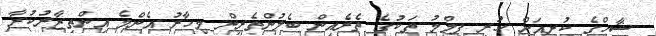
ޝާހްގެ ކުރިއަށް ހުރި ފިލްމު ތަކުގެ ތެރެއިން ބެލުންތެރިން މިހާރު އެންމެ އިންތިޒާރުކުރާ